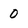
Character: 0